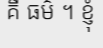
គឺ ធម៌ ។ ខ្ញុំ